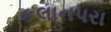
કલાનપરા